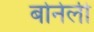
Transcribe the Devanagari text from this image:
बोनेली